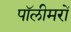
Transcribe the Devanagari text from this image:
पॉलीमरों